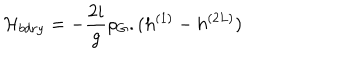
LaTeX: { \cal H } _ { b d r y } = - \frac { 2 i } { g } \rho _ { G } . ( h ^ { ( 1 ) } - h ^ { ( 2 L ) } )